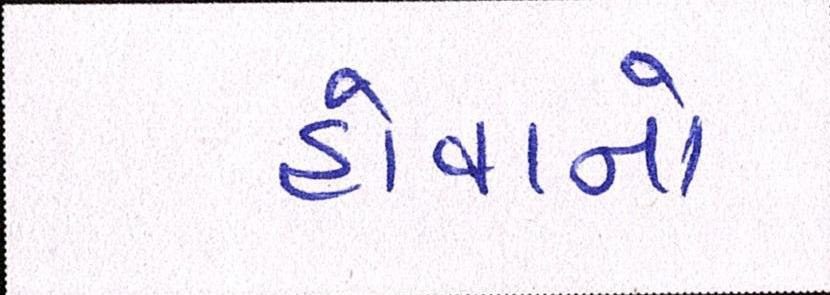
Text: હોવાનો